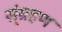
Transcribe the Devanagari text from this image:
स्ंग्रहण